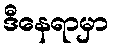
ဒီနေရာမှာ